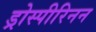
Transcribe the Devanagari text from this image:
ड्रोस्पीरिनन